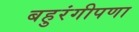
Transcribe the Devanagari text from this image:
बहुरंगीपणा